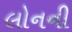
લોનની